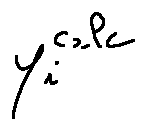
y _ { i } ^ { c a l c }